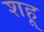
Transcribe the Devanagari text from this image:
शहू